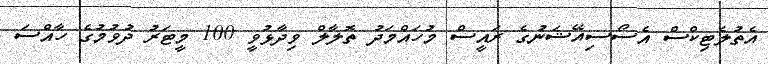
އެތުލެޓިކްސް އެސޯސިއޭޝަނުގެ ރައީސް މުހައްމަދު ތޮލާލް ވިދާޅުވީ 100 މީޓަރު ދުވުމުގެ ހާއްސަ